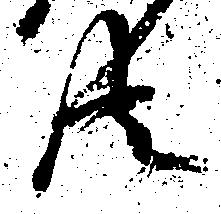
共